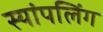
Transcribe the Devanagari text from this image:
स्यांपलिंग